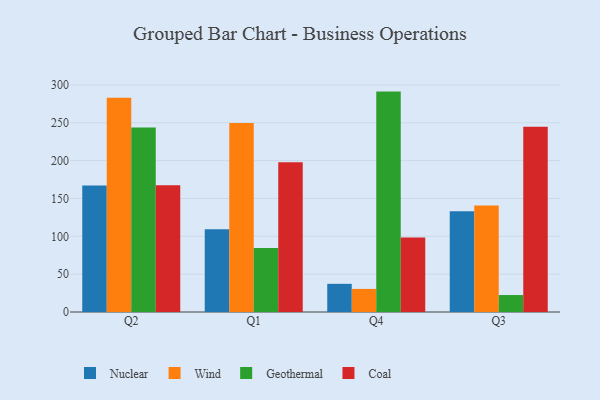
{"axis": {"x": "Quarter", "y": "Operating Costs (USD K)"}, "legend": ["Coal", "Geothermal", "Nuclear", "Wind"], "data": [{"x": "Q2", "y": 167.2, "type": "Nuclear"}, {"x": "Q2", "y": 283.1, "type": "Wind"}, {"x": "Q2", "y": 243.8, "type": "Geothermal"}, {"x": "Q2", "y": 167.4, "type": "Coal"}, {"x": "Q1", "y": 109.3, "type": "Nuclear"}, {"x": "Q1", "y": 249.8, "type": "Wind"}, {"x": "Q1", "y": 84.7, "type": "Geothermal"}, {"x": "Q1", "y": 197.9, "type": "Coal"}, {"x": "Q4", "y": 37.2, "type": "Nuclear"}, {"x": "Q4", "y": 30.5, "type": "Wind"}, {"x": "Q4", "y": 291.2, "type": "Geothermal"}, {"x": "Q4", "y": 98.3, "type": "Coal"}, {"x": "Q3", "y": 133.0, "type": "Nuclear"}, {"x": "Q3", "y": 140.7, "type": "Wind"}, {"x": "Q3", "y": 22.4, "type": "Geothermal"}, {"x": "Q3", "y": 244.9, "type": "Coal"}]}